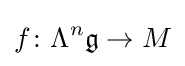
f\colon \Lambda ^{n}{\mathfrak {g}}\to M